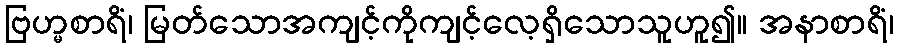
ဗြဟ္မစာရိံ၊ မြတ်သောအကျင့်ကိုကျင့်လေ့ရှိသောသူဟူ၍။ အနာစာရိံ၊